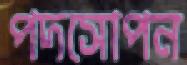
পদসোপন